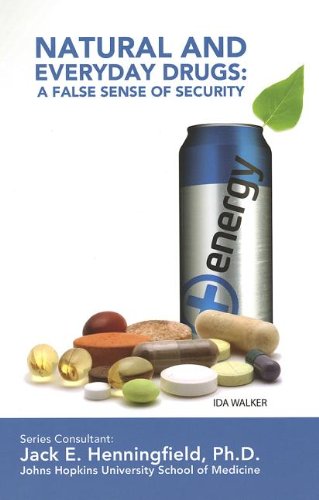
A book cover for Natural and Everyday Drugs: A False Sense of Security (Illicit and Misused Drugs); Ida Walker; Health, Fitness & Dieting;